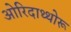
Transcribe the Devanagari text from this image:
ओरिदाथ्थोरू